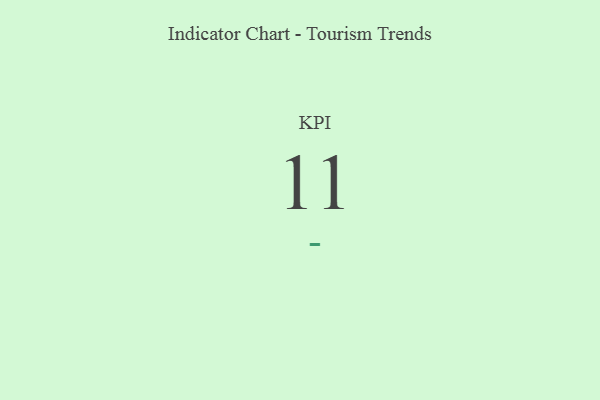
{"axis": {"x": "KPI", "y": "Value"}, "legend": [""], "data": [{"x": "KPI", "y": 11, "type": ""}]}